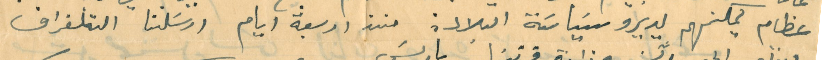
عظام يمكنهم يديرو سَياسَة البلاد: منذ اربعة ايام ارسَلنا التلغراف